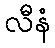
လီနံ